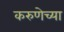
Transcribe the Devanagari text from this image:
करुणेच्या